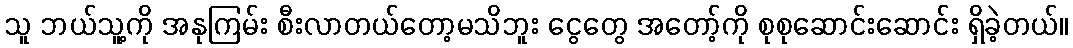
သူ ဘယ်သူ့ကို အနုကြမ်း စီးလာတယ်တော့မသိဘူး ငွေတွေ အတော့်ကို စုစုဆောင်းဆောင်း ရှိခဲ့တယ်။